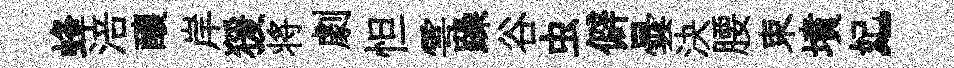
蜂涪釀岸猨将劇怛雩躁谷虫僻曇決腰束墳妃~